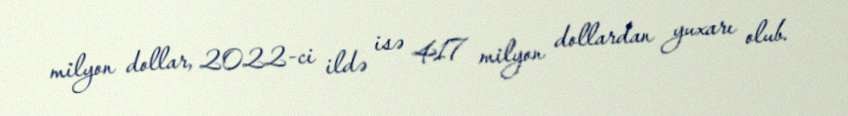
milyon dollar, 2022-ci ildə isə 417 milyon dollardan yuxarı olub.